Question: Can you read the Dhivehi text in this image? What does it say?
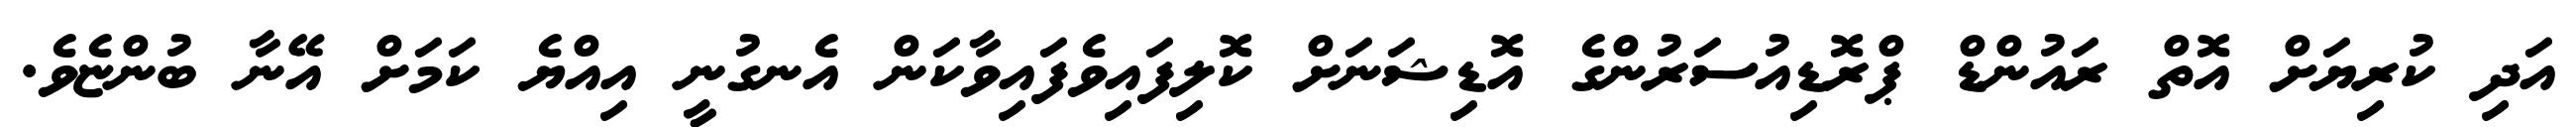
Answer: އަދި ކުރިޔަށް އޮތް ރައުންޑް ޕްރޮޑިއުސަރުންގެ އޮޑިޝަނަށް ކޮލިފައިވެފައިވާކަން އެނގުނީ އިއްޔެ ކަމަށް އޭނާ ބުންޏެވެ.